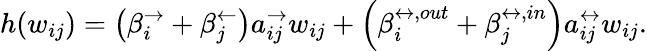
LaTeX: h(w_{ij})=\left(\beta_{i}^{\rightarrow}+\beta_{j}^{\leftarrow}\right)a_{ij}^{\rightarrow}w_{ij}+\left(\beta_{i}^{\leftrightarrow,out}+\beta_{j}^{\leftrightarrow,in}\right)a_{ij}^{\leftrightarrow}w_{ij}.